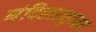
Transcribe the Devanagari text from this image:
मंदिरसमुच्चय